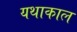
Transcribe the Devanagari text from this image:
यथाकाल